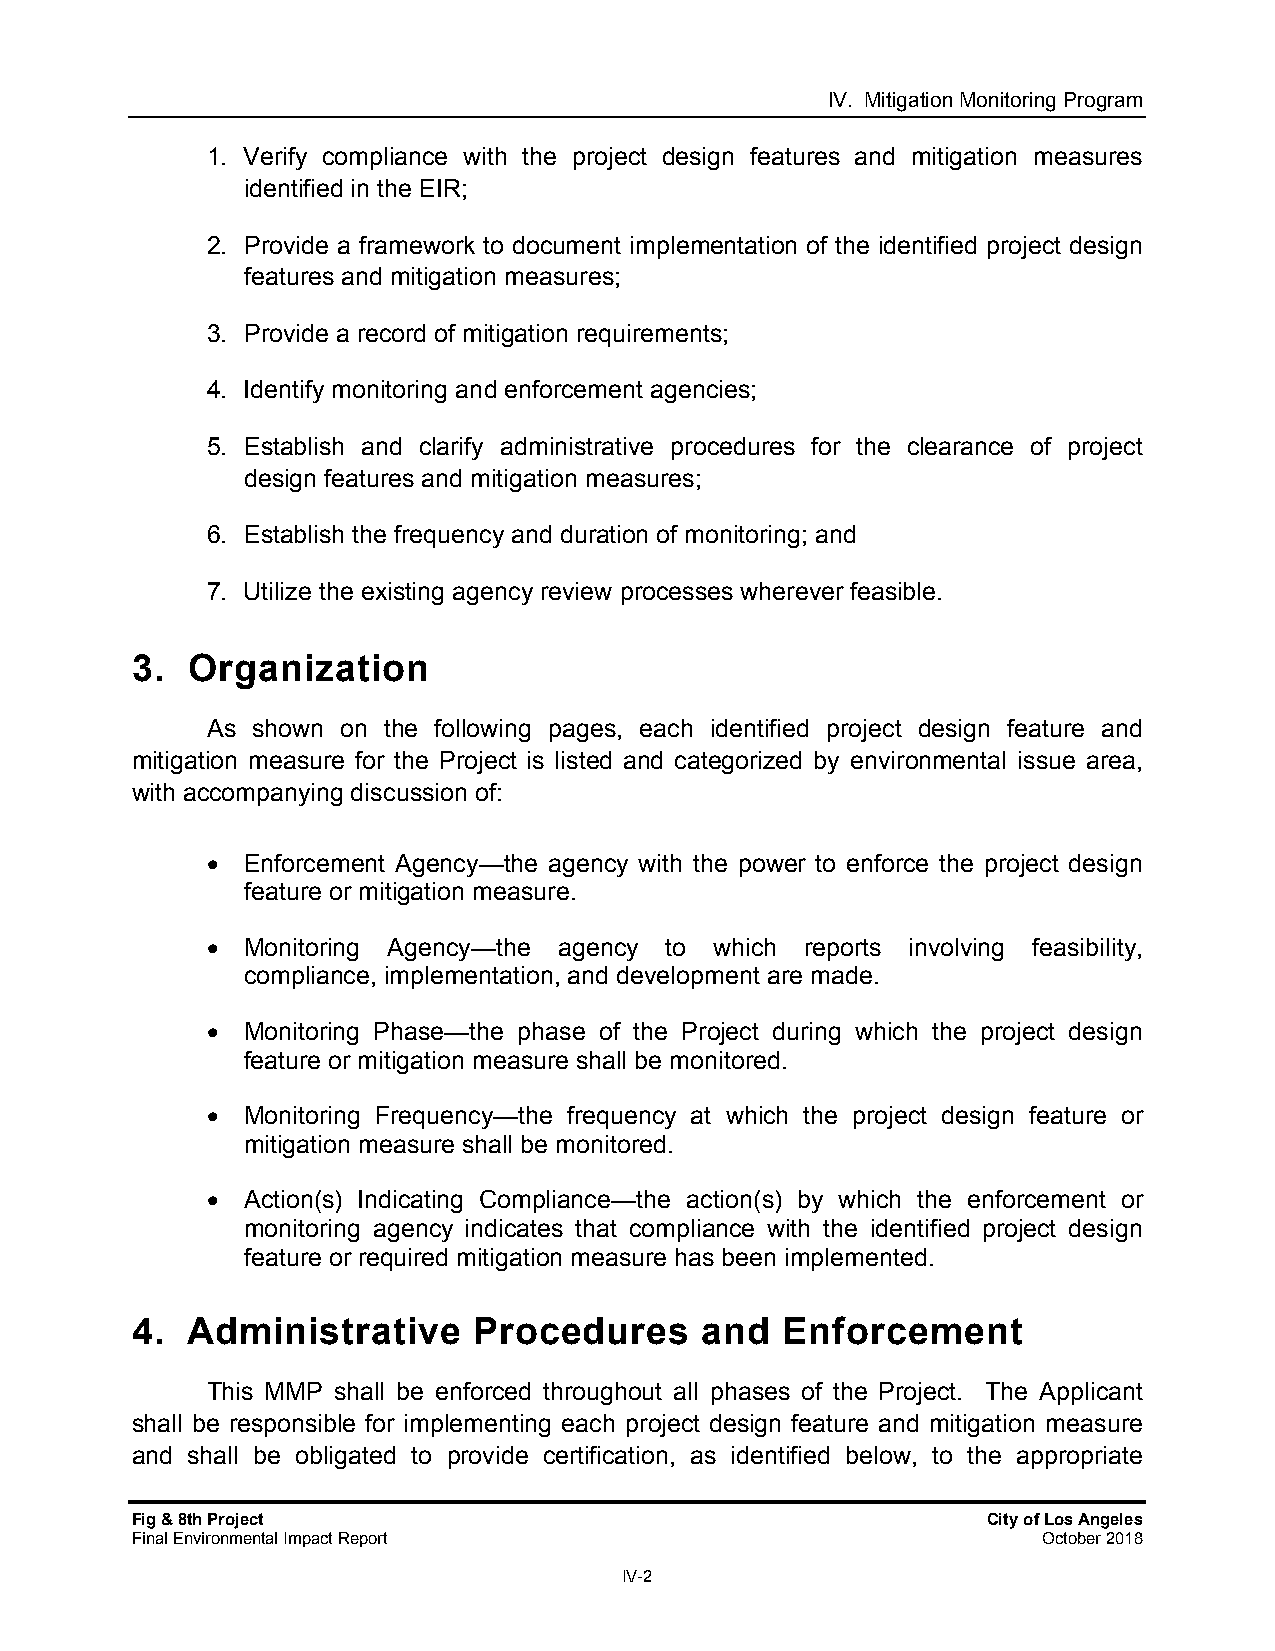
IV. Mitigation Monitoring Program
 1. Verify compliance with the project design features and mitigation measures
 identified in the EIR;
 2. Provide a framework to document implementation of the identified project design
 features and mitigation measures;
 3. Provide a record of mitigation requirements;
 4. Identify monitoring and enforcement agencies;
 5. Establish and clarify administrative procedures for the clearance of project
 design features and mitigation measures;
 6. Establish the frequency and duration of monitoring; and
 7. Utilize the existing agency review processes wherever feasible.
 3. Organization
 As shown on the following pages, each identified project design feature and
 mitigation measure for the Project is listed and categorized by environmental issue area,
 with accompanying discussion of:
  Enforcement Agency—the agency with the power to enforce the project design
 feature or mitigation measure.
  Monitoring Agency—the agency to which reports involving feasibility,
 compliance, implementation, and development are made.
  Monitoring Phase—the phase of the Project during which the project design
 feature or mitigation measure shall be monitored.
  Monitoring Frequency—the frequency at which the project design feature or
 mitigation measure shall be monitored.
  Action(s) Indicating Compliance—the action(s) by which the enforcement or
 monitoring agency indicates that compliance with the identified project design
 feature or required mitigation measure has been implemented.
 4. Administrative     Procedures     and   Enforcement
 This MMP shall be enforced throughout all phases of the Project. The Applicant
 shall be responsible for implementing each project design feature and mitigation measure
 and shall be obligated to provide certification, as identified below, to the appropriate
 Fig & 8th Project                                       City of Los Angeles
 Final Environmental Impact Report                           October 2018
 IV-2